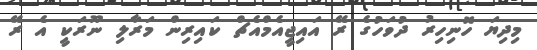
މިދިޔަ ހޮނިހިރު ދުވަހުގެ ރޭ އައިޖީއެމްއެޗް ކައިރިން މަރާލި ނޫރަކީ އެ ރޭ